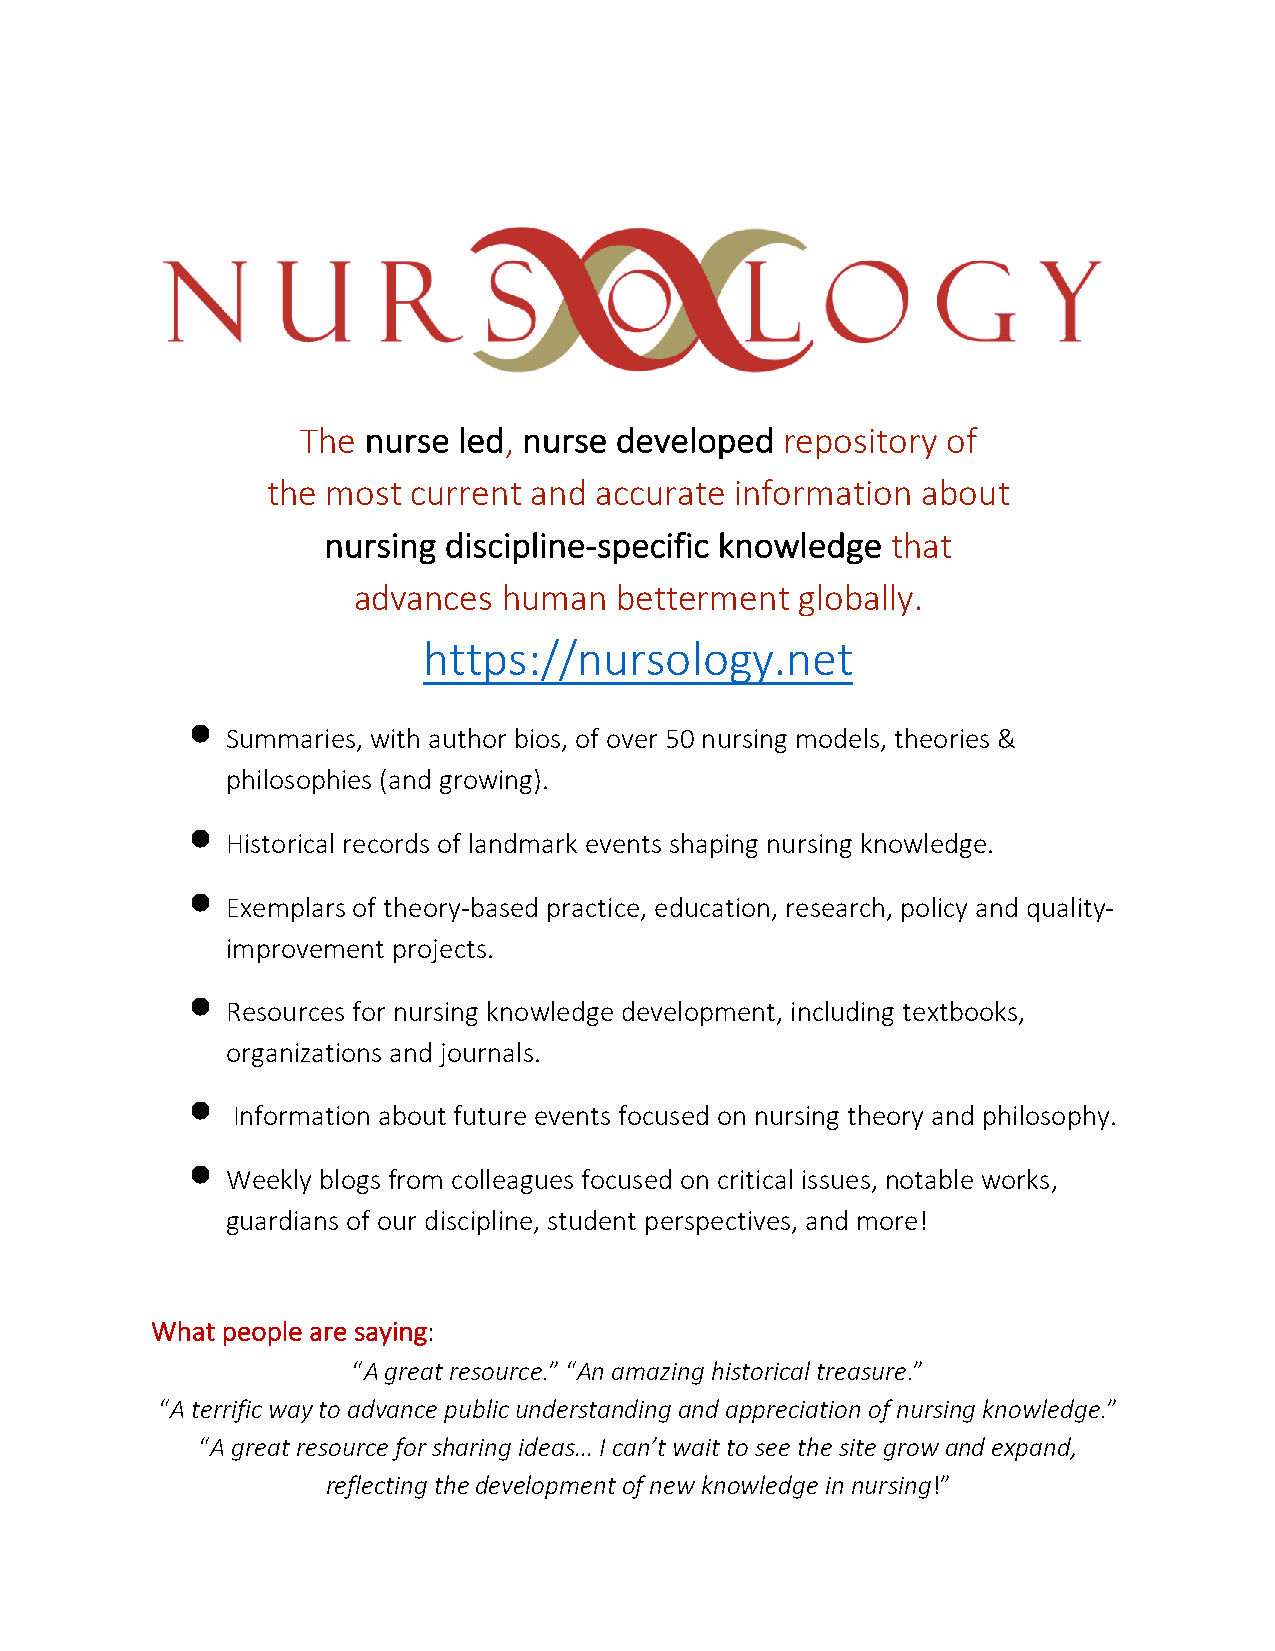
The nurse led, nurse developed  repository of
 the most current and accurate  information about
 nursing discipline-specific knowledge that
 advances  human   betterment  globally.
 https://nursology.net
 •
 Summaries, with author bios, of over 50 nursing models, theories &
 philosophies (and growing).
 •
 Historical records of landmark events shaping nursing knowledge.
 •
 Exemplars of theory-based practice, education, research, policy and quality-
 improvement projects.
 •
 Resources for nursing knowledge development, including textbooks,
 organizations and journals.
 •
 Information about future events focused on nursing theory and philosophy.
 •
 Weekly blogs from colleagues focused on critical issues, notable works,
 guardians of our discipline, student perspectives, and more!
 What people are saying:
 “A great resource.” “An amazing historical treasure.”
 “A terrific way to advance public understanding and appreciation of nursing knowledge.”
 “A great resource for sharing ideas… I can’t wait to see the site grow and expand,
 reflecting the development of new knowledge in nursing!”